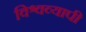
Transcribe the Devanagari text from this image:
विश्वव्‍यापी